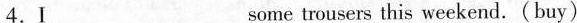
4.I___some trousers this weekend. (buy)